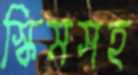
স্কিমসহ